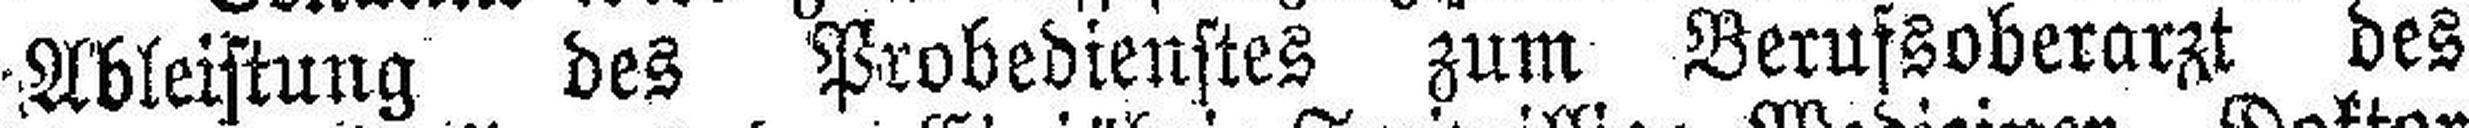
Ableistung des Probedienstes zum Berufsoberarzt des